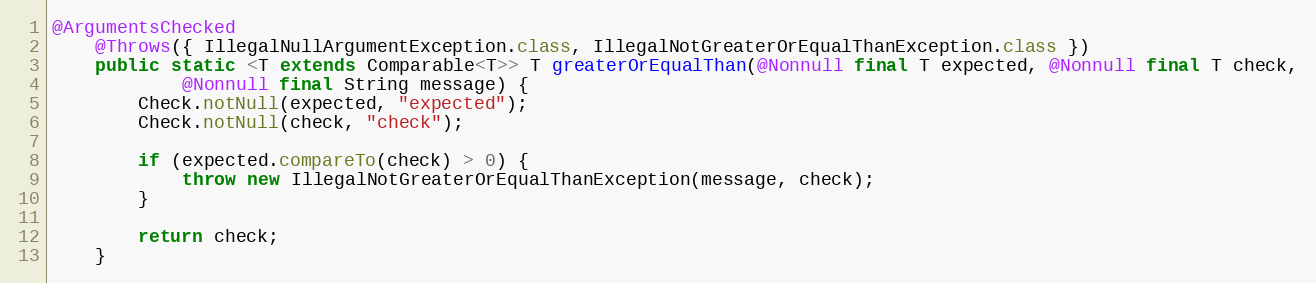
Language: Java
@ArgumentsChecked
	@Throws({ IllegalNullArgumentException.class, IllegalNotGreaterOrEqualThanException.class })
	public static <T extends Comparable<T>> T greaterOrEqualThan(@Nonnull final T expected, @Nonnull final T check,
			@Nonnull final String message) {
		Check.notNull(expected, "expected");
		Check.notNull(check, "check");

		if (expected.compareTo(check) > 0) {
			throw new IllegalNotGreaterOrEqualThanException(message, check);
		}

		return check;
	}